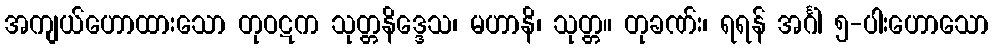
အကျယ်ဟောထားသော တုဝဋက သုတ္တနိဒ္ဒေသ၊ မဟာနိ၊ သုတ္တ။ တုခဏ်း၊ ရရန် အင်္ဂါ ၅-ပါးဟောသော